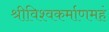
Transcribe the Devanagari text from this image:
श्रीविश्वकर्माणमहं